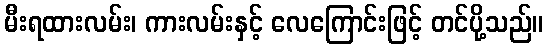
မီးရထားလမ်း၊ ကားလမ်းနှင့် လေကြောင်းဖြင့် တင်ပို့သည်။